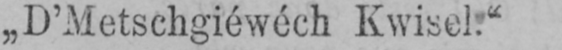
„D’Metschgiéwéch Kwisel.“